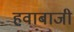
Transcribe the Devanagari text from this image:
हवाबाजी